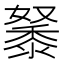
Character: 𪏷